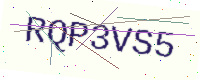
Text: RQP3VS5